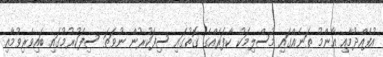
އުފެއްދުމާއި ޢާންމު ތަނެއްގައި މުސްލިމަކު ކާފަރެއްގެ ގޮތުގައި ސިފަކުރުން ނުވަތަ ސިފަކުރުމުގައި ބައިވެރިވުމާއި